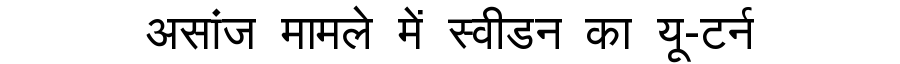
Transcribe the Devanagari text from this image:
असांज मामले में स्वीडन का यू-टर्न